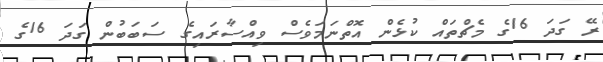
ރޭ ގަދަ 16ގެ މެޗްތައް ކުޅެން އޮތްނަމަވެސް ވިއްސާރައިގެ ސަބަބުން ގަދަ 16ގެ